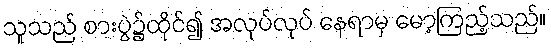
သူသည် စားပွဲ၌ထိုင်၍ အလုပ်လုပ် နေရာမှ မော့ကြည့်သည်။